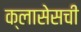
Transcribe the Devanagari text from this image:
क्लासेसची